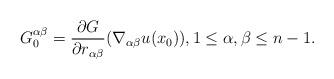
LaTeX: \begin{align*}G^{\alpha \beta}_0 = \frac{\partial G}{\partial r_{\alpha \beta}} (\nabla_{\alpha \beta} u (x_0)), 1 \leq \alpha, \beta \leq n-1.\end{align*}